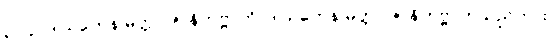
၃၁၄။ ဒါယကေန မတ္တာ ဇာနိတဗ္ဗာတိ၊ ဒါယကေန မတ္တာ ဇာနိတဗ္ဗာဟူသည်ကား။